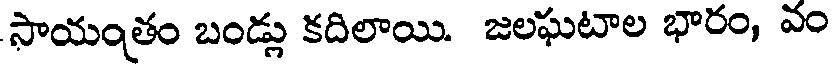
సాయంత్రం బండ్లు కదిలాయి. జలఘటాల భారం, వం